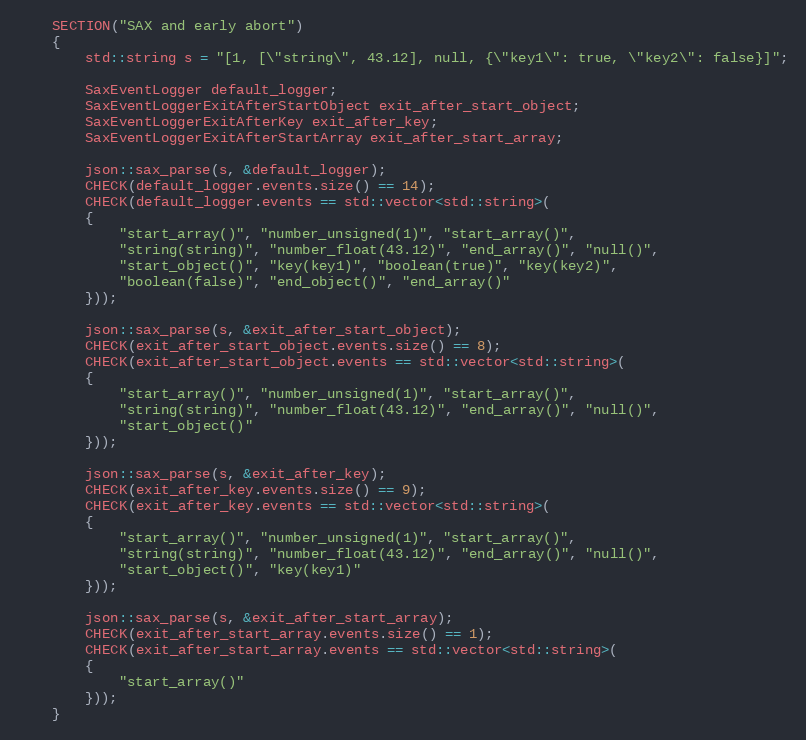
Language: C++
    SECTION("SAX and early abort")
    {
        std::string s = "[1, [\"string\", 43.12], null, {\"key1\": true, \"key2\": false}]";

        SaxEventLogger default_logger;
        SaxEventLoggerExitAfterStartObject exit_after_start_object;
        SaxEventLoggerExitAfterKey exit_after_key;
        SaxEventLoggerExitAfterStartArray exit_after_start_array;

        json::sax_parse(s, &default_logger);
        CHECK(default_logger.events.size() == 14);
        CHECK(default_logger.events == std::vector<std::string>(
        {
            "start_array()", "number_unsigned(1)", "start_array()",
            "string(string)", "number_float(43.12)", "end_array()", "null()",
            "start_object()", "key(key1)", "boolean(true)", "key(key2)",
            "boolean(false)", "end_object()", "end_array()"
        }));

        json::sax_parse(s, &exit_after_start_object);
        CHECK(exit_after_start_object.events.size() == 8);
        CHECK(exit_after_start_object.events == std::vector<std::string>(
        {
            "start_array()", "number_unsigned(1)", "start_array()",
            "string(string)", "number_float(43.12)", "end_array()", "null()",
            "start_object()"
        }));

        json::sax_parse(s, &exit_after_key);
        CHECK(exit_after_key.events.size() == 9);
        CHECK(exit_after_key.events == std::vector<std::string>(
        {
            "start_array()", "number_unsigned(1)", "start_array()",
            "string(string)", "number_float(43.12)", "end_array()", "null()",
            "start_object()", "key(key1)"
        }));

        json::sax_parse(s, &exit_after_start_array);
        CHECK(exit_after_start_array.events.size() == 1);
        CHECK(exit_after_start_array.events == std::vector<std::string>(
        {
            "start_array()"
        }));
    }